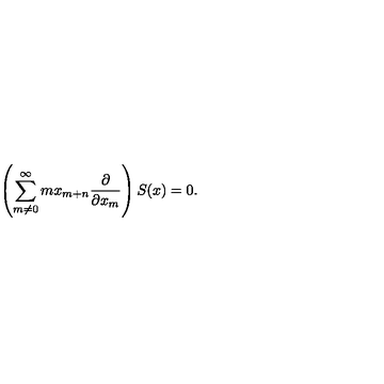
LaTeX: \left( \sum _ { m \neq 0 } ^ { \infty } { m x _ { m + n } { \frac { \partial } { \partial x _ { m } } } } \right) S ( x ) = 0 .